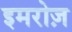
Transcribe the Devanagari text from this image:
इमरोज़